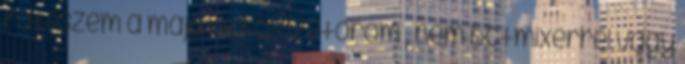
ráteszem a májat és összetöröm , nem botmixerrel vagy